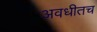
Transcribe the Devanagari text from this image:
अवधीतच